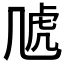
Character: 𧆡